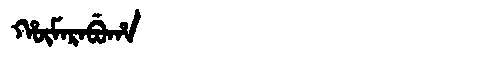
Manchu: ᡥᡡᠮᠠᡵᠠᠪᡠᡥᠠ
Romanization: HŪMARABUHA